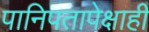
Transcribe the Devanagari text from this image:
पानिपतापेक्षाही